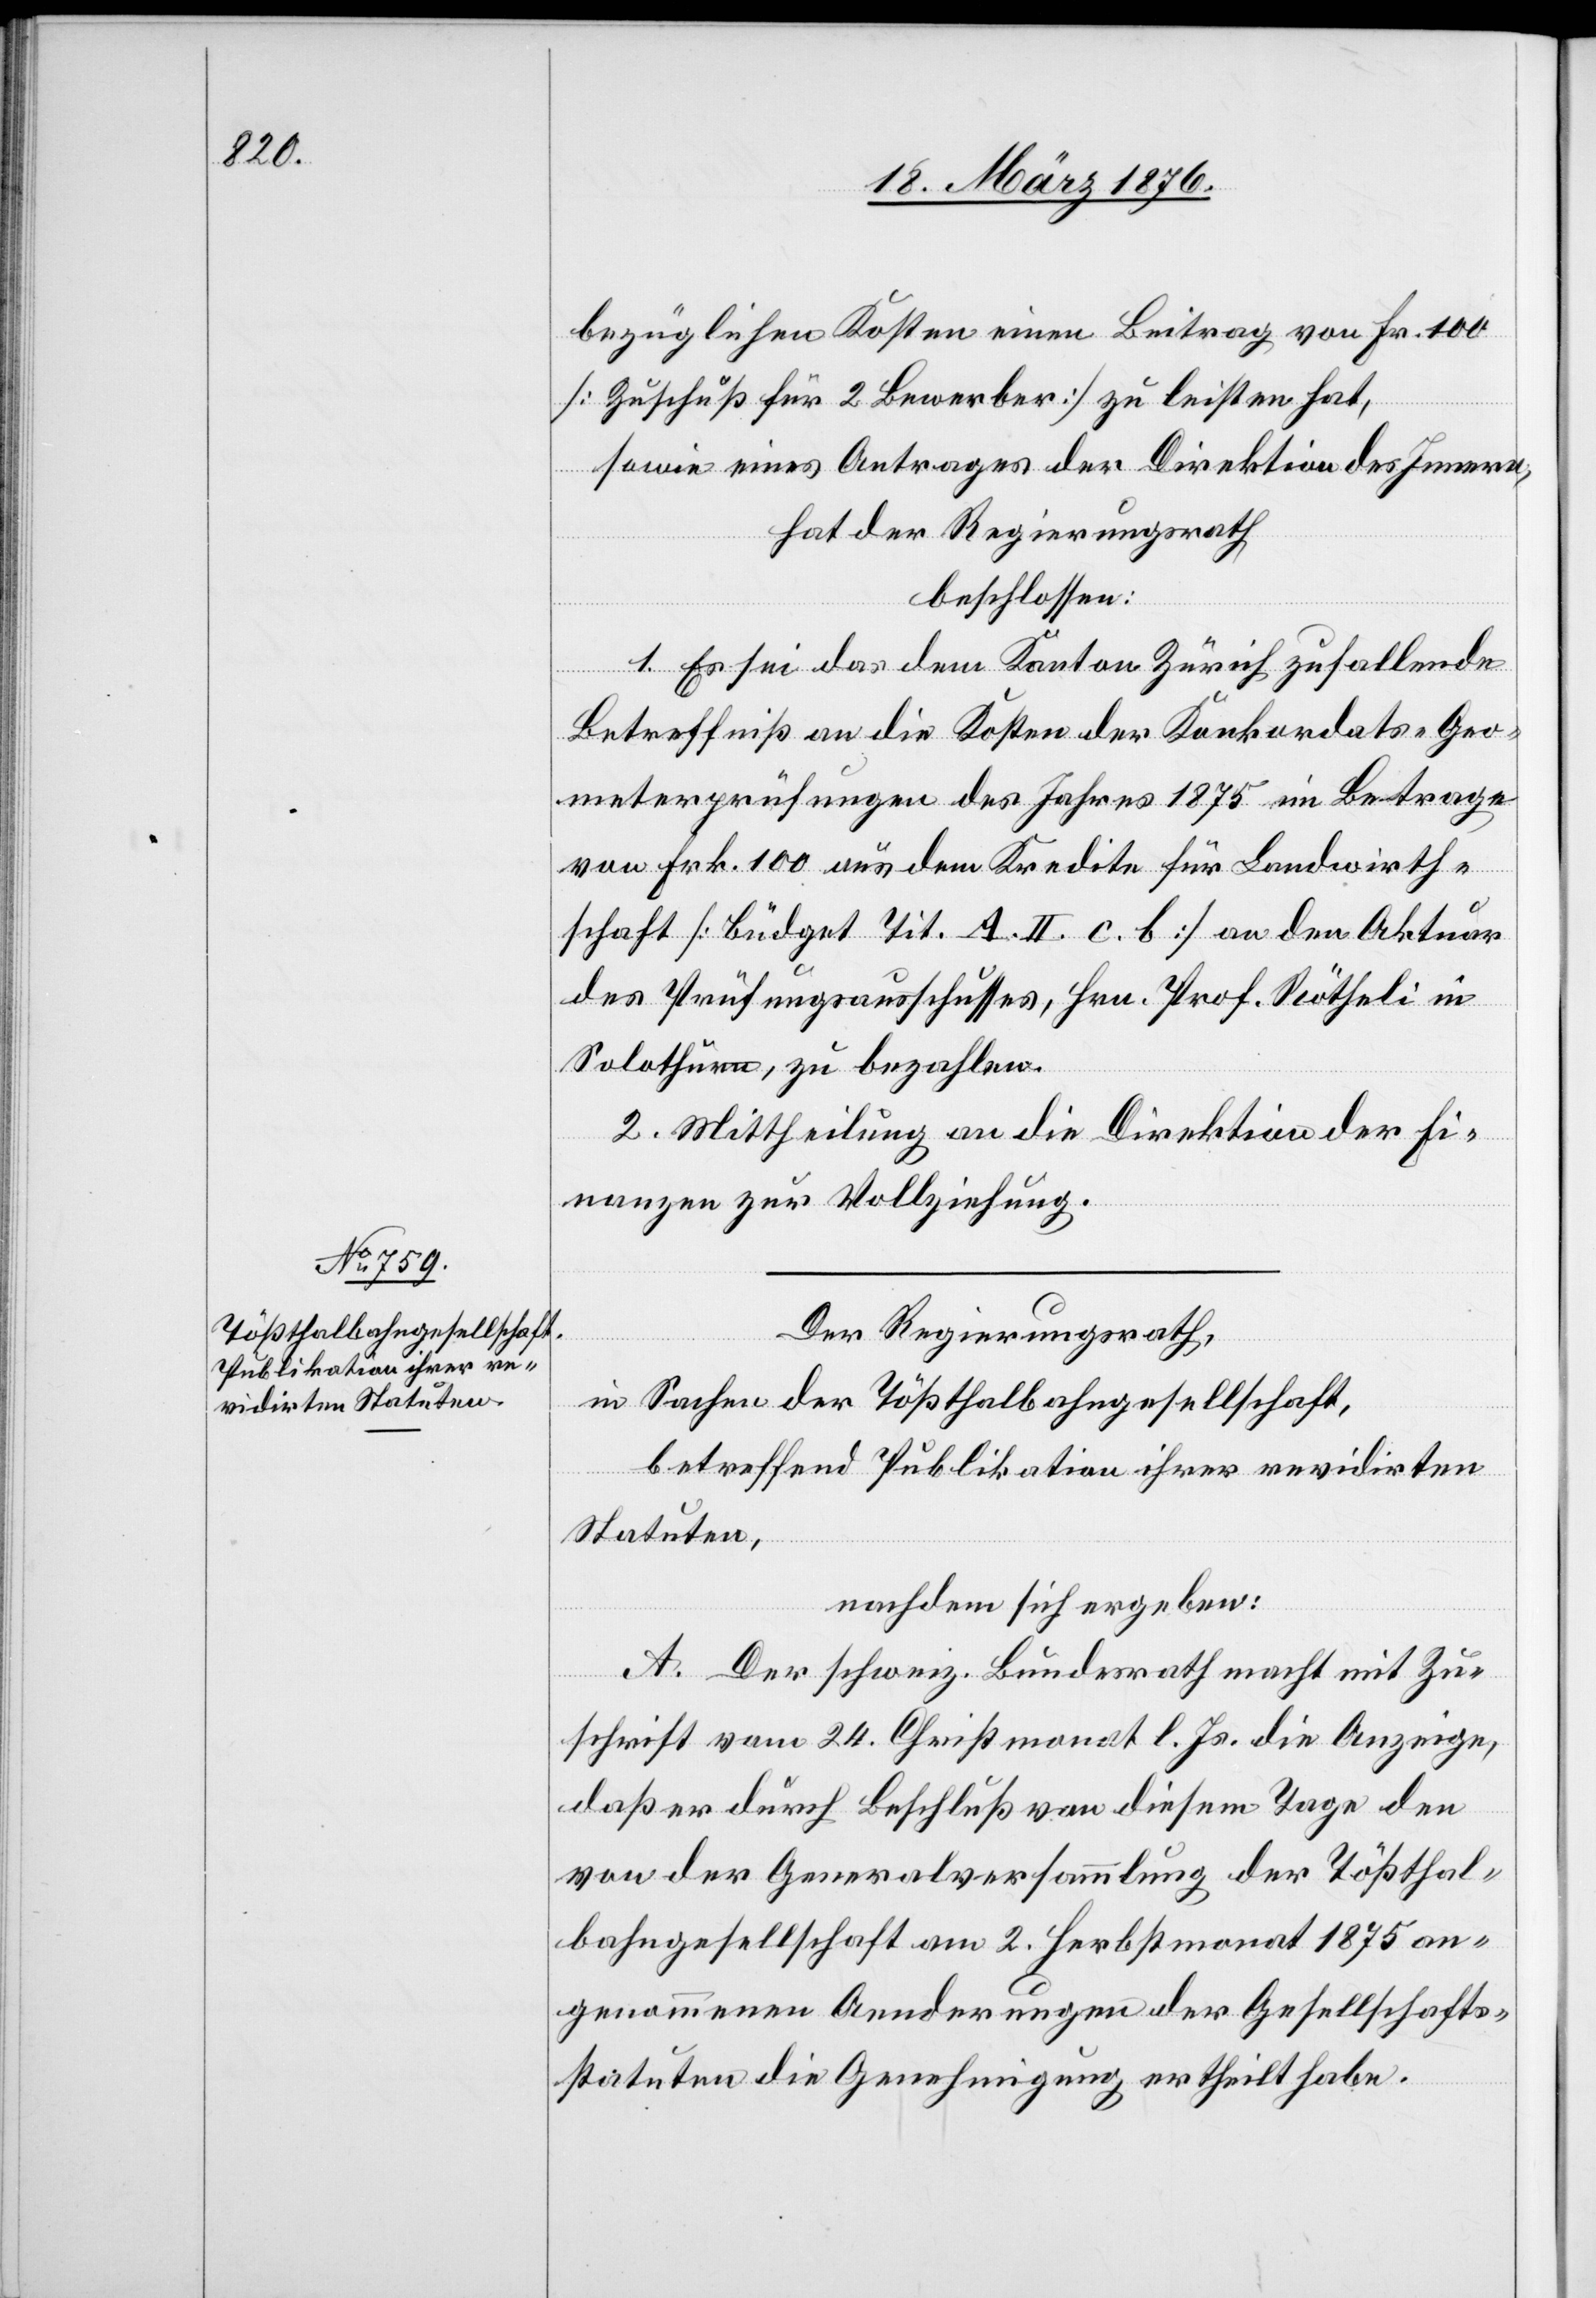
bezüglichen Kosten einen Beitrag von Fr. 100
[Zuschuß für 2 Bewerber] zu leisten hat,
sowie eines Antrages der Direktion des Innern,
hat der Regierungsrath,
beschlossen:
1. Es sei das dem Kanton Zürich zufallende
Betreffniß an die Kosten der Konkordats-Geo¬
meterprüfungen des Jahres 1875 im Betrage
von Frk. 100 aus dem Kredite für Landwirth¬
schaft [Büdget Tit. A. II. c. b.] an den Aktuar
des Prüfungsausschusses, Hrn. Prof. Rötheli in
Solothurn, zu bezahlen.
2. Mittheilung an die Direktion der Fi¬
nanzen zur Vollziehung.
Der Regierungsrath,
in Sachen der Tößthalbahngesellschaft,
betreffend Publikation ihrer revidirten
Statuten,
nachdem sich ergeben:
A. Der schweiz. Bundesrath macht mit Zu¬
schrift vom 24. Christmonat l. Js. die Anzeige,
daß er durch Beschluß von diesem Tage den
von der Generalversammlung der Tößthal¬
bahngesellschaft am 2. Herbstmonat 1875 an¬
genommenen Aenderungen der Gesellschafts¬
tatuten die Genehmigung ertheilt habe.